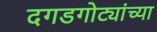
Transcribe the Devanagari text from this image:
दगडगोट्यांच्या